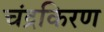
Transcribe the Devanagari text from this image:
चंद्रकिरण